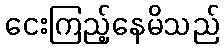
ငေးကြည့်နေမိသည်